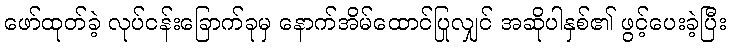
ဖော်ထုတ်ခဲ့ လုပ်ငန်းခြောက်ခုမှ နောက်အိမ်ထောင်ပြုလျှင် အဆိုပါနှစ်၏ ဖွင့်ပေးခဲ့ပြီး